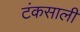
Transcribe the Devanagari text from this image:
टंकसाली